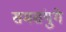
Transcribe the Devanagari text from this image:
समसंयुगे